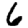
Digit: 6